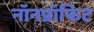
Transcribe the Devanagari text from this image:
नॉनप्रॉफिट